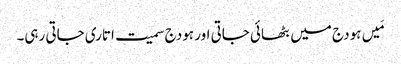
مَیں ہودج میں بٹھائی جاتی اور ہودج سمیت اتاری جاتی رہی۔